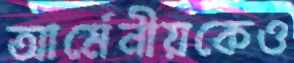
আর্মেনীয়কেও